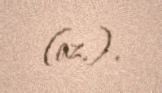
(az.).